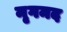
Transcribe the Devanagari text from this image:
मृगमद